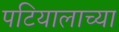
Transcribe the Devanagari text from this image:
पटियालाच्या